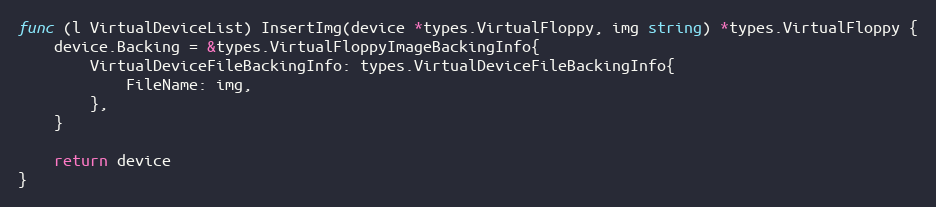
Language: Go
func (l VirtualDeviceList) InsertImg(device *types.VirtualFloppy, img string) *types.VirtualFloppy {
	device.Backing = &types.VirtualFloppyImageBackingInfo{
		VirtualDeviceFileBackingInfo: types.VirtualDeviceFileBackingInfo{
			FileName: img,
		},
	}

	return device
}